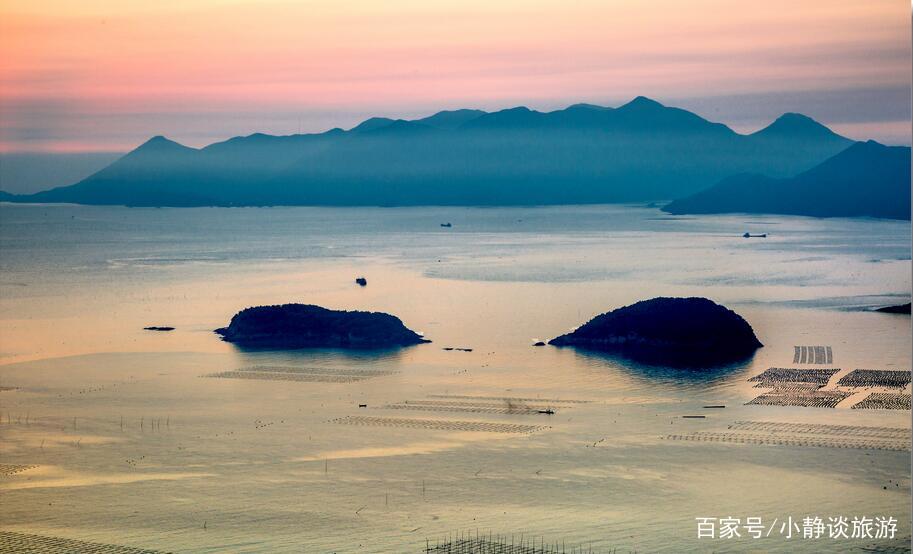
千秋钓舸歌明月，万里沙鸥弄夕阳。